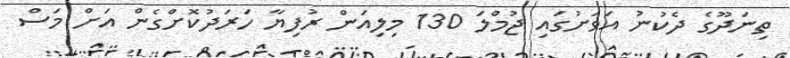
ތިނަދޫގެ ދެކުނު އަވަށުގައި ޖުމްލަ 130 މިލިއަން ރުފިޔާ ހަރަދުކޮށްގެން އަށް މަސް